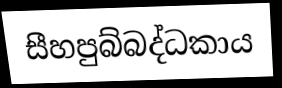
සීහපුබ්බද්ධකාය